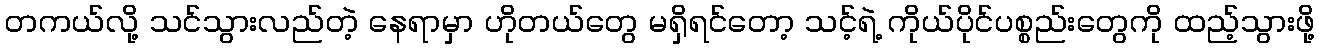
တကယ်လို့ သင်သွားလည်တဲ့ နေရာမှာ ဟိုတယ်တွေ မရှိရင်တော့ သင့်ရဲ့ ကိုယ်ပိုင်ပစ္စည်းတွေကို ထည့်သွားဖို့